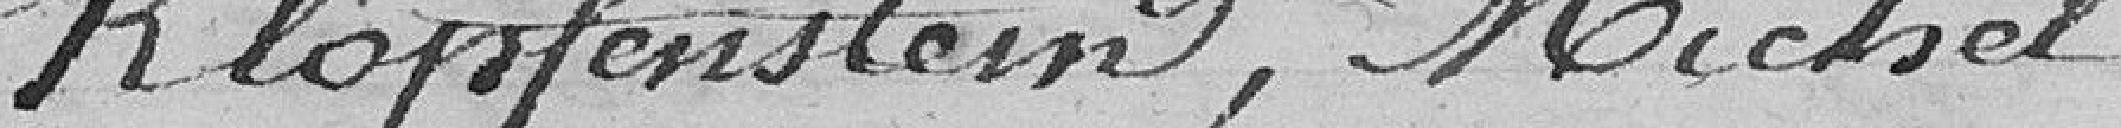
Klopfenstein, Michel